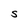
Character: S